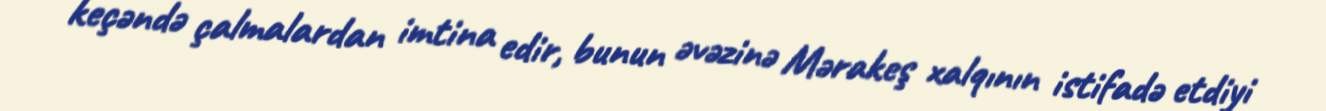
keçəndə çalmalardan imtina edir, bunun əvəzinə Mərakeş xalqının istifadə etdiyi